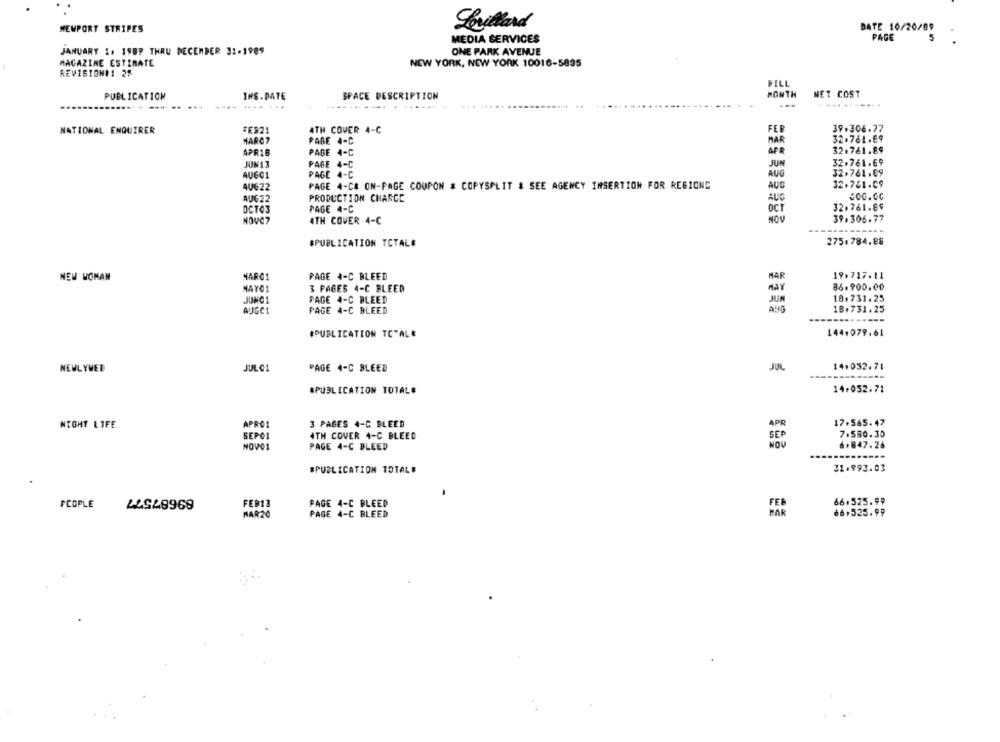
NEWPORT STRIPES
Levillard
DATE 10/20/89
MEDIA SERVICES
PAGE
5
JANUARY 1. 1989 THRU DECEMBER 32-1989
ONE PARK AVENUE
MAGAZINE ESTIMATE
NEW YORK, NEW YORK 10016-5895
REVISION#1 28
BILL
PUBLICATION
INS.DATE
SPACE DESCRIPTION
MONTH
NET COST
---
--- ----
---------
........ . ...--
39.306.77
NATIONAL ENQUIRER
FER21
ATH COVER 4-C
FEB
MARC?
PABE 4-C
MAR
32.761.E9
32.761.89
APR18
PAGE 4-C
APR
JUN13
PAGE 4-C
32.761.69
JUN
AUGC1
PAGE 4-C
AUG
32.761.€9
40622
PAGE 4-C& ON-PAGE COUPON & COPYSPLIT & SEE AGENCY INSERTION FOR REGIONE
32.761.09
AUG22
PRODUCTION CHARGE
AUG
PAGE 4-C
OCT
32.761.89
OCTO3
NOVO?
4TH COVER 4-C
39.306.77
#PUBLICATION TOTAL#
275.784.88
19.717.11
NEW WOMAN
MARC1
PAGE 4-C BLEED
MAR
MAYO1
3 PAGES 4-C BLEED
HAY
36.900.00
JUNG1
PAGE 4-C BLEED
JUM
18. 731.25
AUGC1
PAGE 4-C BLEED
18.731.25
----
----
#PUBLICATION TOTALE
144.079.61
NEWLYWED
JUL C1
PAGE 4-C BLEED
JUL
14,052.71
-----
#PUBLICATION TOTAL#
14.052.71
APRO1
3 PAGES 4-C BLEED
17.565.47
NIGHT LIFE
SEPOI
4TH COVER 4-C BLEED
SEP
7.580.30
NOVO1
PAGE 4-C BLEED
NOV
6.847.26
31.993.03
#PUBLICATION TOTAL #
PEOPLE
FER12
PAGE 4-C BLEED
66.525.99
42.549969
PAGE 4-C BLEED
HAR
66,525.99
MAR20